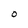
Character: 0